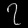
Digit: ၇